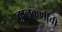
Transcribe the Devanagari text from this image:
कुलकर्णींची